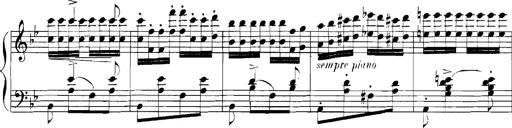
Title: Rhapsodies hongroises
Composer: Franz Liszt